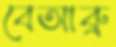
বেআব্রু